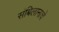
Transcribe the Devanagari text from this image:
संबिलानाचे